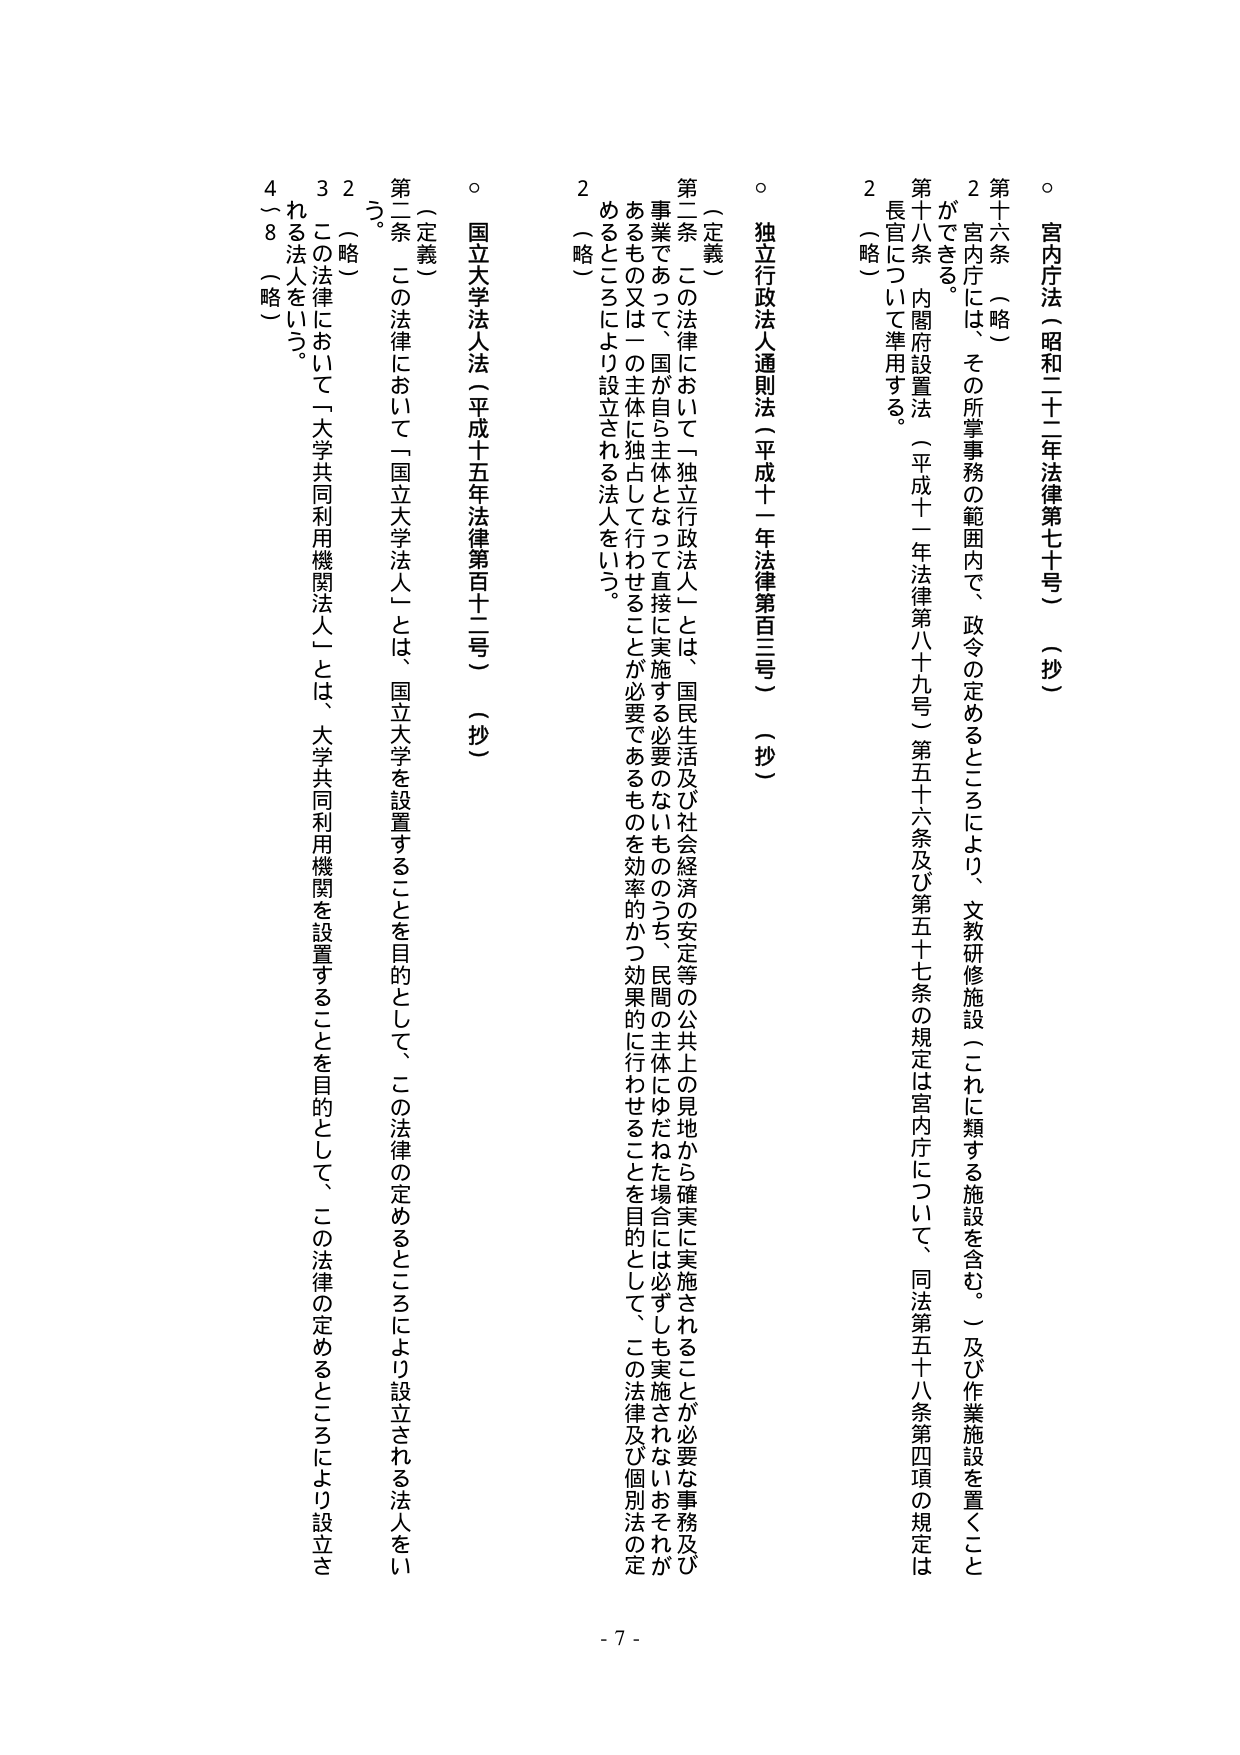
○ 宮内庁法（昭和二十二年法律第七十号）（抄）

第十六条 （略）
２ 宮内庁には、その所掌事務の範囲内で、政令の定めるところにより、文教研修施設（これに類する施設を含む。）及び作業施設を置くことができる。

第十八条 内閣府設置法（平成十一年法律第八十九号）第五十六条及び第五十七条の規定は宮内庁について、同法第五十八条第四項の規定は長官について準用する。
２ （略）

○ 独立行政法人通則法（平成十一年法律第百三号）（抄）

（定義）
第二条 この法律において「独立行政法人」とは、国民生活及び社会経済の安定等の公共上の見地から確実に実施されることが必要な事務及び事業であって、国が自ら主体となって直接に実施する必要のないもののうち、民間の主体にゆだねた場合には必ずしも実施されないおそれがあるもの又は一の主体に独占して行わせることが必要であるものを効率的かつ効果的に行わせることを目的として、この法律及び個別法の定めるところにより設立される法人をいう。
２ （略）

○ 国立大学法人法（平成十五年法律第百十二号）（抄）

（定義）
第二条 この法律において「国立大学法人」とは、国立大学を設置することを目的として、この法律の定めるところにより設立される法人をいう。
２ （略）
３ この法律において「大学共同利用機関法人」とは、大学共同利用機関を設置することを目的として、この法律の定めるところにより設立される法人をいう。
４～８ （略）

- 7 -